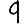
Digit: 9